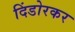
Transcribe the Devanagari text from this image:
दिंडोरकर